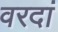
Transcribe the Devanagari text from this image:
वरदां